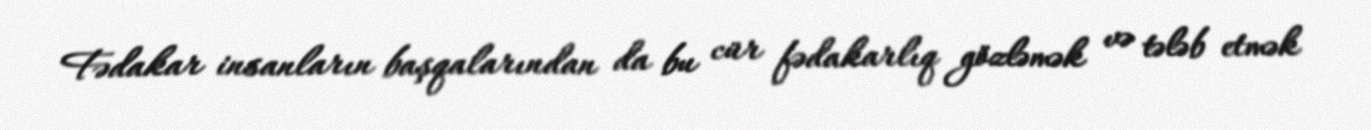
Fədakar insanların başqalarından da bu cür fədakarlıq gözləmək və tələb etmək